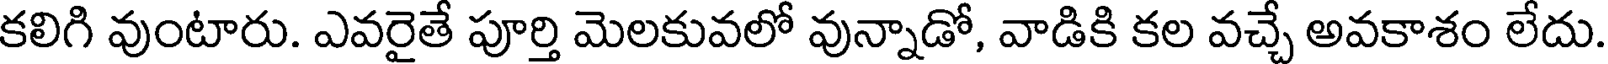
కలిగి వుంటారు. ఎవరైతే పూర్తి మెలకువలో వున్నాడో, వాడికి కల వచ్చే అవకాశం లేదు